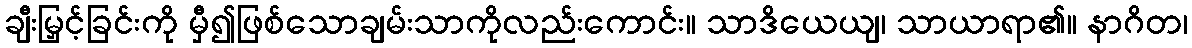
ချီးမြှင့်ခြင်းကို မှီ၍ဖြစ်သောချမ်းသာကိုလည်းကောင်း။ သာဒိယေယျ၊ သာယာရာ၏။ နာဂိတ၊